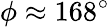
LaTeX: \phi\approx 168^{\circ}